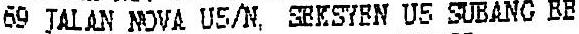
69 JALAN NOVA U5/N, SEKSYEN U5 SUBANG BE